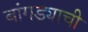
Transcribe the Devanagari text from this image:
बांगड्याची